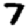
Digit: 7